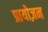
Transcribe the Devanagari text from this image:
प्रायोज़न